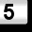
Digit: 5